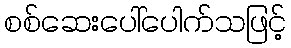
စစ်ဆေးပေါ်ပေါက်သဖြင့်